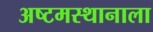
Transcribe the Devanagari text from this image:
अष्टमस्थानाला